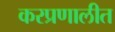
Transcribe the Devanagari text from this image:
करप्रणालीत